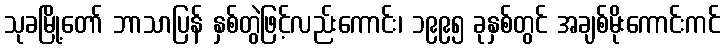
သုခမြို့တော် ဘာသာပြန် နှစ်တွဲဖြင့်လည်းကောင်း၊ ၁၉၉၅ ခုနှစ်တွင် အချစ်မိုးကောင်းကင်